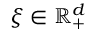
\xi \in \mathbb { R } _ { + } ^ { d }